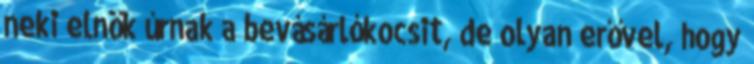
neki elnök úrnak a bevásárlókocsit, de olyan erővel, hogy